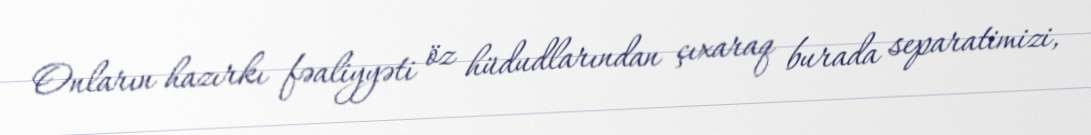
Onların hazırkı fəaliyyəti öz hüdudlarından çıxaraq burada separatimizi,